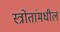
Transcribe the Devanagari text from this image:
स्त्रोतांमधील